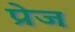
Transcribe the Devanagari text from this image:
प्रेज